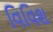
વિવિશ